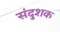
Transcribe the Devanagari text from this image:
संदुशक